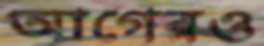
আগেরও